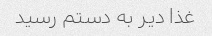
غذا دیر به دستم رسید